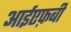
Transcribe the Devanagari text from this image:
आईएफ़बी